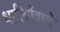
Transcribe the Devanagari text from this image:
धारियोंवाले